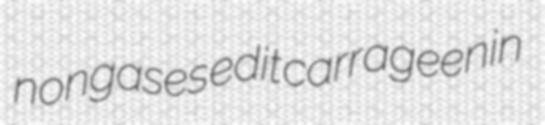
nongases edit carrageenin